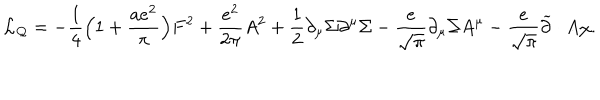
LaTeX: { \cal L _ { Q } } = - { \frac { 1 } { 4 } } \Bigl ( 1 + { \frac { a e ^ { 2 } } { \pi } } \Bigr ) F ^ { 2 } + { \frac { e ^ { 2 } } { 2 \pi } } A ^ { 2 } + { \frac { 1 } { 2 } } \partial _ { \mu } \Sigma \partial ^ { \mu } \Sigma - { \frac { e } { \sqrt \pi } } \partial _ { \mu } \Sigma A ^ { \mu } - { \frac { e } { \sqrt \pi } } \widetilde { \partial } \cdot A \chi .